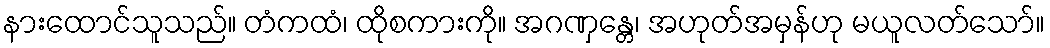
နားထောင်သူသည်။ တံကထံ၊ ထိုစကားကို။ အဂဏှန္တေ၊ အဟုတ်အမှန်ဟု မယူလတ်သော်။